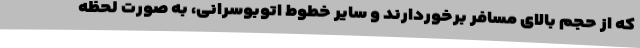
که از حجم بالای مسافر برخوردارند و سایر خطوط اتوبوسرانی، به صورت لحظه